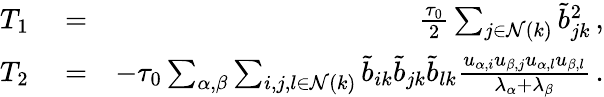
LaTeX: \begin{array}{rlr}{T_{1}}&{{}=}&{\frac{\tau_{0}}{2}\sum_{j\in\mathcal{N}(k)}\tilde{b}_{jk}^{2}\, ,}\\ {T_{2}}&{{}=}&{-\tau_{0}\sum_{\alpha,\beta}\sum_{i,j,l\in\mathcal{N}(k)}\tilde{b}_{ik}\tilde{b}_{jk}\tilde{b}_{lk}\frac{u_{\alpha,i}u_{\beta,j}u_{\alpha,l}u_{\beta,l}}{\lambda_{\alpha}+\lambda_{\beta}}\, .}\end{array}